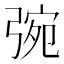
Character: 𢏿